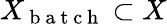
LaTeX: X_{\mathrm{~b~a~t~c~h~}}\subset X